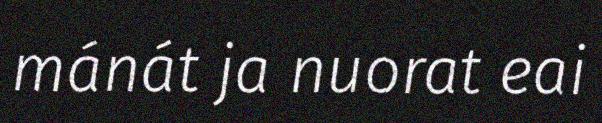
mánát ja nuorat eai